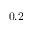
0 . 2